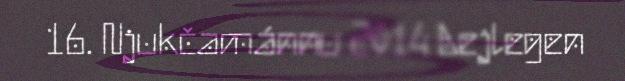
16. Njukčamánnu 2014 Aejlegen